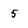
Character: 5